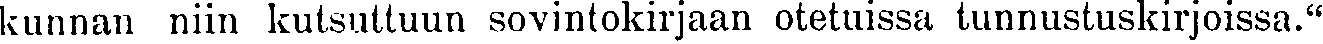
kunnan niin kutsuttuun sovintokirjaan otetuissa tunnustuskirjoissa."